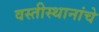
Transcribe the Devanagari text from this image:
वस्तीस्थानांचे